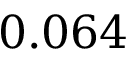
0 . 0 6 4